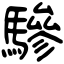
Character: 驂